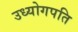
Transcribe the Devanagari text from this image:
उध्योगपति